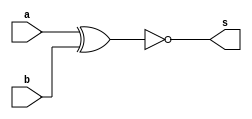
//---------------------
// Exemplo0008 - XNOR
// Nome: Douglas Henrique Silva Correa
//---------------------

//---------------------
//--xnor gate
//---------------------
module xnorgate (output s,
					  input  a,
					  input  b);
  assign s = ( ~( a ^ b ));
endmodule // xnor

//---------------------
//--test xnor gate
//---------------------
module testxnorgate;
//-------------------------dados locais
reg a, b; // definir registradores
wire s;
			// definir conexao (fio)
//-------------------------instancia
xnorgate XNOR1 (s, a, b);
//-------------------------preparacao
initial begin:start
				// atribuicao simultanea
				// dos valores iniciais
 a=0; b=0;
end
//-------------------------parte principal

initial begin
	$display("Exemplo0008 - Douglas Henrique Silva Correa - 466503");
	$display("Test XNOR gate");
	$display("\n~(a ^ b) = s\n");
	a=0; b=0;
#1	$display("~(%b ^ %b) = %b", a, b, s);
	a=0; b=1;
#1	$display("~(%b ^ %b) = %b", a, b, s);
	a=1; b=0;
#1	$display("~(%b ^ %b) = %b", a, b, s);
	a=1; b=1;
#1	$display("~(%b ^ %b) = %b", a, b, s);
end

endmodule // testxnorgate